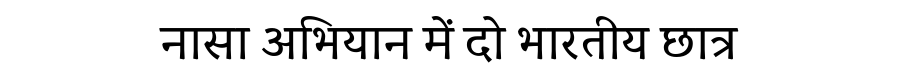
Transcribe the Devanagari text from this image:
नासा अभियान में दो भारतीय छात्र